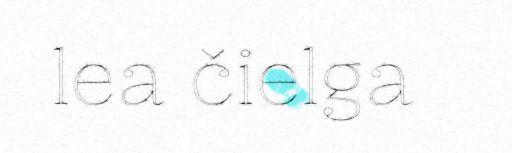
lea čielga